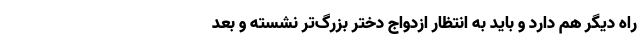
راه دیگر هم دارد و باید به انتظار ازدواج دختر بزرگ‌تر نشسته و بعد